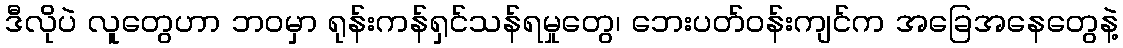
ဒီလိုပဲ လူတွေဟာ ဘဝမှာ ရုန်းကန်ရှင်သန်ရမှုတွေ၊ ဘေးပတ်ဝန်းကျင်က အခြေအနေတွေနဲ့